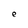
Character: e